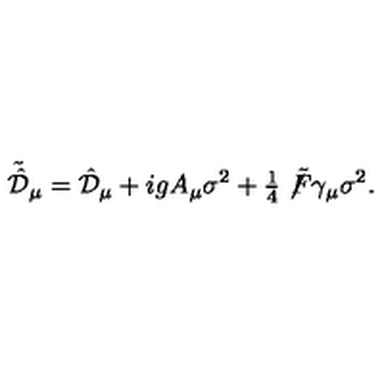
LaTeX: \tilde { \hat { \cal D } } _ { \mu } = \hat { \cal D } _ { \mu } + i g A _ { \mu } \sigma ^ { 2 } + { \textstyle \frac { 1 } { 4 } } \not \! \tilde { F } \gamma _ { \mu } \sigma ^ { 2 } .